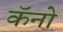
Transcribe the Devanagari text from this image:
कॅनो